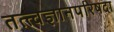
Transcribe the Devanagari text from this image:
तत्त्वज्ञानपरिषदा